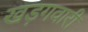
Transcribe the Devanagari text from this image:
खड़गवारी